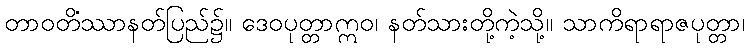
တာဝတိံဿာနတ်ပြည်၌။ ဒေဝပုတ္တာဣဝ၊ နတ်သားတို့ကဲ့သို့။ သာကိရာရာဇပုတ္တာ၊